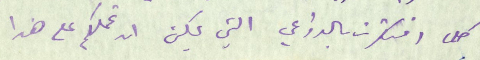
كلما افتكرت بالدواعي التي يمكن ان تحملكم على هذا